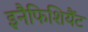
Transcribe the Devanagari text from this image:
इनैफिशियैंट